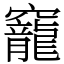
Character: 竉